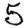
Digit: 5